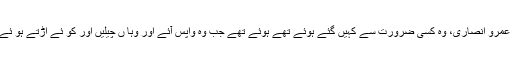
ان کے علاوہ دو حضرات اور تھے حضرت امرو (رض) بن امیہ اور منذر (رض) بن عمرو انصاری، وہ کسی ضرورت سے کہیں گئے ہوئے تھے ہوئے تھے جب وہ واپس آئے اور وہا ں چیلیں اور کو ئے اڑتے ہو ئے دیکھے ،تو صورت ِ حال کاادراک کر کے حضرت عمرو (رض) واپس ہو نے لگے۔